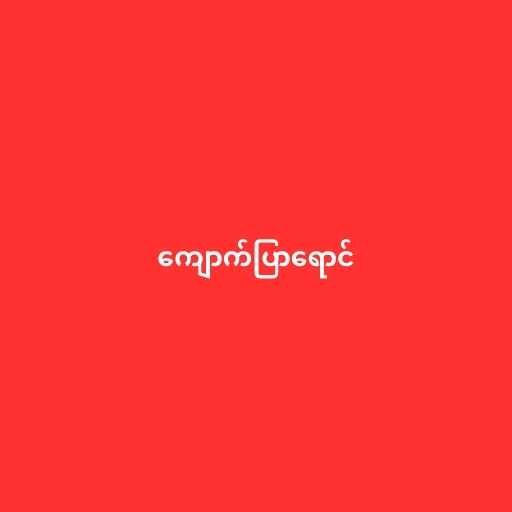
ကျောက်ပြာရောင်